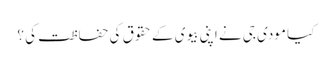
کیا مودی جی نے اپنی بیوی کے حقوق کی حفاظت کی ؟